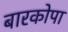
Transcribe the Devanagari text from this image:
बारकोपा